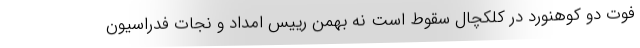
فوت دو کوهنورد در کلکچال سقوط است نه بهمن رییس امداد و نجات فدراسیون